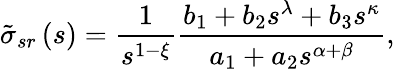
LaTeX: \tilde{\sigma}_{sr}\left(s\right)=\frac{1}{s^{1-\xi}}\frac{b_{1}+b_{2}s^{\lambda}+b_{3}s^{\kappa}}{a_{1}+a_{2}s^{\alpha+\beta}},